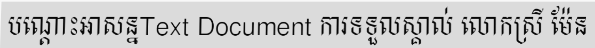
បណ្តោះអាសន្នText Document ការទទួលស្គាល់ លោកស្រី ម៉ែន